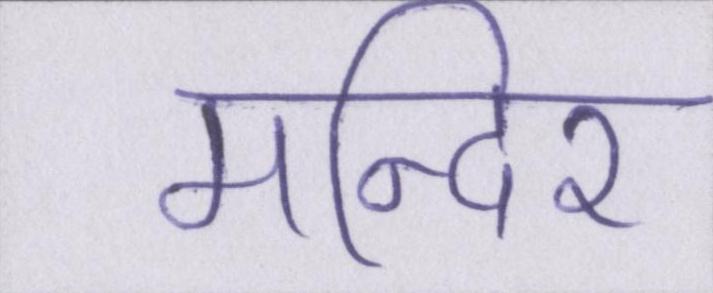
मन्दिर